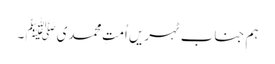
ہم جناب ٹہریں اُمتِ محمدیﷺ ۔